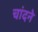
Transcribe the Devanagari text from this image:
चांदने